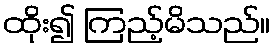
ထိုး၍ ကြည့်မိသည်။